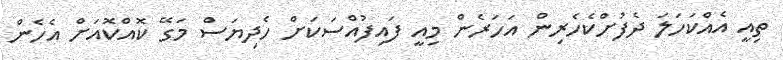
ތިއީ އެއްކަހަލަ ދެފުށްކެހެރިން އަހަރެން މިއީ ފައިފުއްސަކަށް ހެދިޔަސް މަގޭ ކޮއްކޮއަށް އެހެން